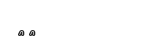
٩٨